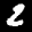
Label: 2